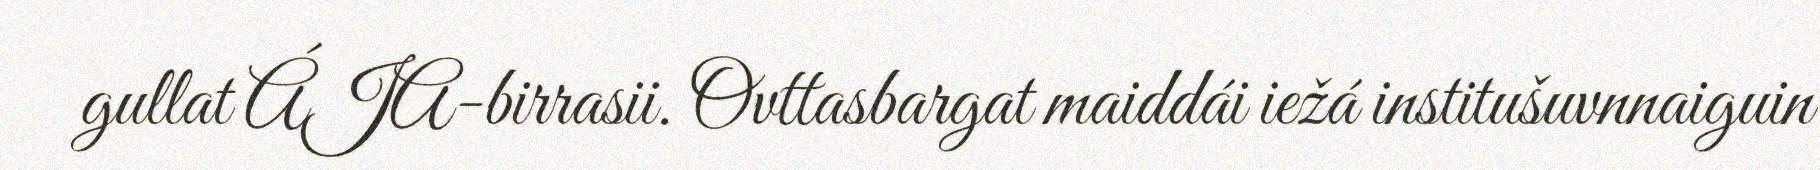
gullat ÁJA-birrasii. Ovttasbargat maiddái iežá institušuvnnaiguin